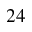
2 4